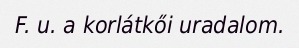
F. u. a korlátkői uradalom.